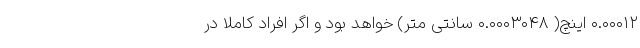
۰.۰۰۰۱۲ اینچ( ۰.۰۰۰۳۰۴۸ سانتی متر) خواهد بود و اگر افراد کاملا در